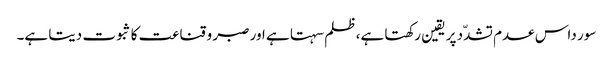
سور داس عدم تشدّد پر یقین رکھتا ہے، ظلم سہتا ہے اور صبر و قناعت کا ثبوت دیتا ہے۔